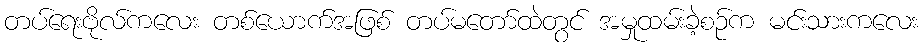
တပ်ရေးဗိုလ်ကလေး တစ်ယောက်အဖြစ် တပ်မတော်ထဲတွင် အမှုထမ်းခဲ့စဉ်က မင်းသားကလေး